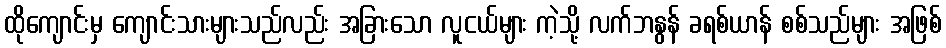
ထိုကျောင်းမှ ကျောင်းသားများသည်လည်း အခြားသော လူငယ်များ ကဲ့သို့ လက်ဘနွန် ခရစ်ယာန် စစ်သည်များ အဖြစ်